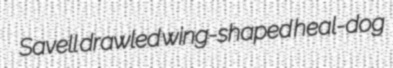
Savell drawled wing-shaped heal-dog